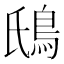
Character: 䲭